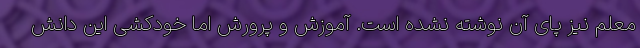
معلم نیز پای آن نوشته نشده است. آموزش و پرورش اما خودکشی این دانش